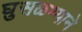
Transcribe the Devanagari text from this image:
घुसळण्याने